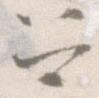
召